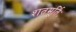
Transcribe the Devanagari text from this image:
शतमूर्तिः